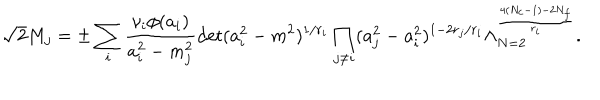
\sqrt { 2 } M _ { j } = \pm \sum _ { i } \frac { \nu _ { i } \phi ( a _ { i } ) } { a _ { i } ^ { 2 } - m _ { j } ^ { 2 } } \mathrm { d e t } ( a _ { i } ^ { 2 } - m ^ { 2 } ) ^ { 1 / r _ { i } } \prod _ { j \ne i } ( a _ { j } ^ { 2 } - a _ { i } ^ { 2 } ) ^ { 1 - 2 r _ { j } / r _ { i } } \Lambda _ { N = 2 } ^ { \frac { 4 ( N _ { c } - 1 ) - 2 N _ { f } } { r _ { i } } } .